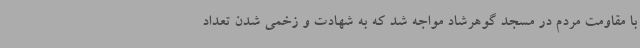
با مقاومت مردم در مسجد گوهرشاد مواجه شد که به شهادت و زخمی شدن تعداد